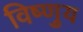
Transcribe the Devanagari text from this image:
विष्णुय